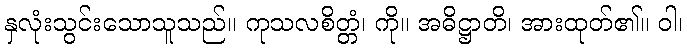
နှလုံးသွင်းသောသူသည်။ ကုသလစိတ္တံ၊ ကို။ အဓိဋ္ဌာတိ၊ အားထုတ်၏။ ဝါ၊